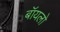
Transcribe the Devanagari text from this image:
बॉयलो